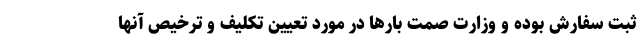
ثبت سفارش بوده و وزارت صمت بارها در مورد تعیین تکلیف و ترخیص آنها